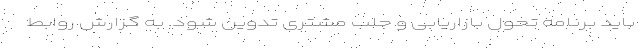
باید برنامه تحول بازاریابی و جلب مشتری تدوین شود. به گزارش روابط‌